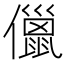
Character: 儠